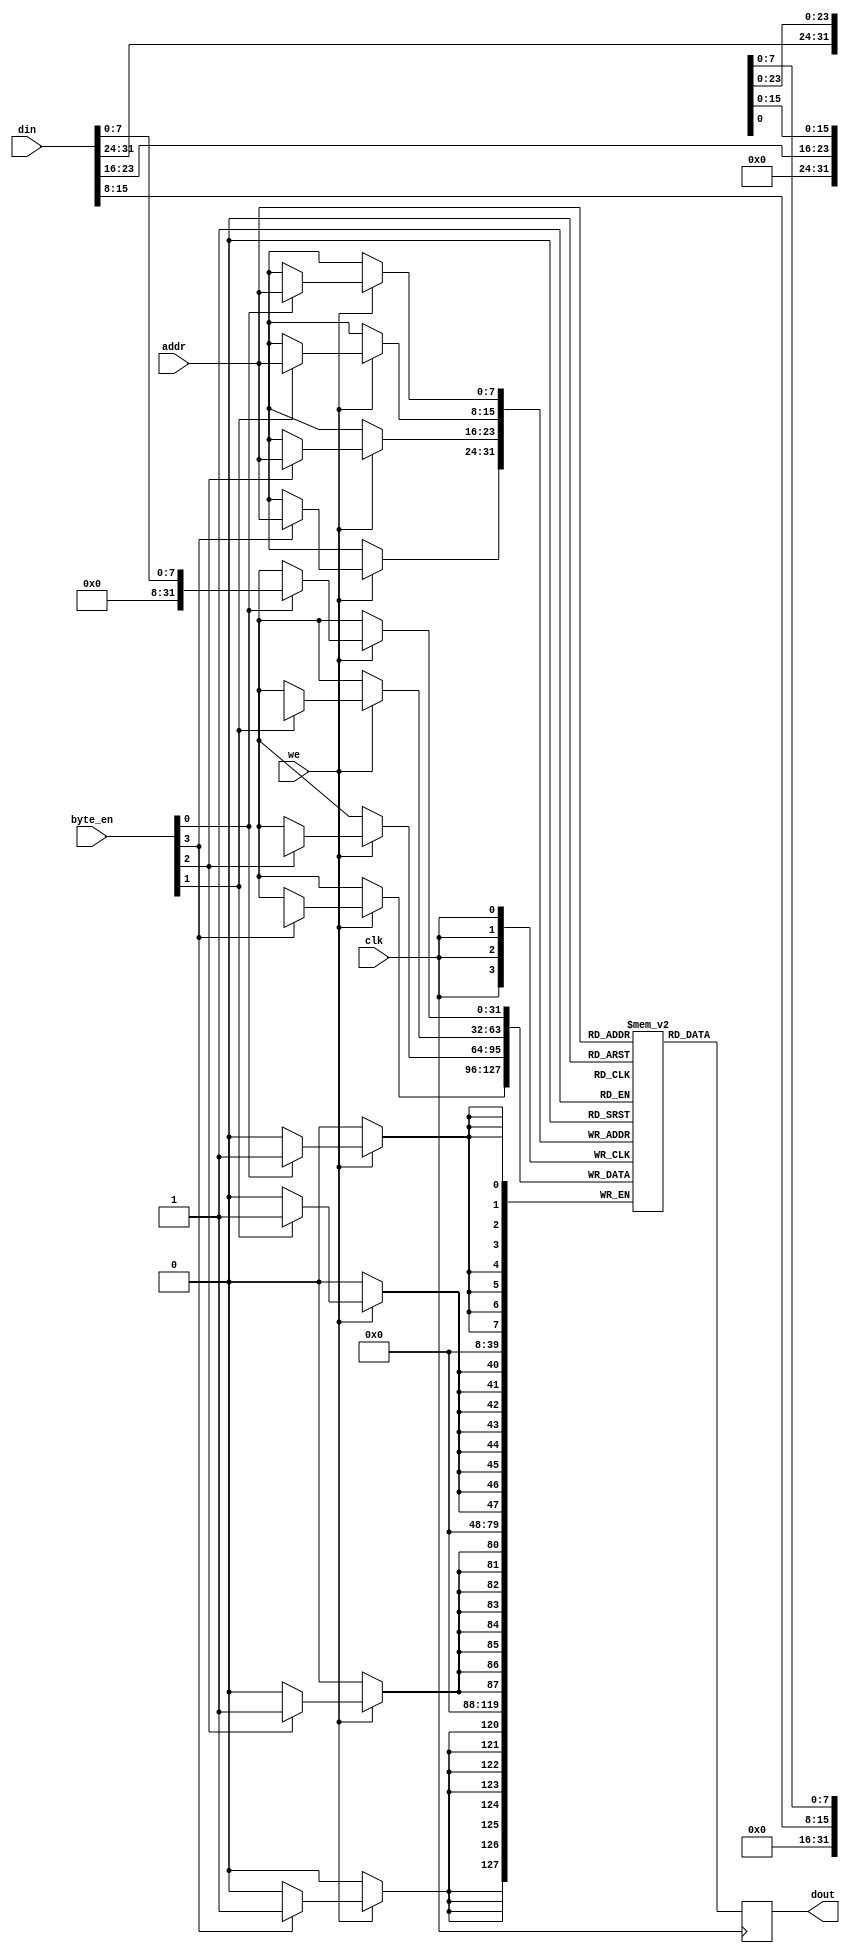
module io_blocks_cache_sram #(
    parameter WORD_SIZE = 32,         // Size of each word in bits
    parameter CACHE_DEPTH = 256        // Number of words in the cache
) (
    input wire clk,                    // Clock signal
    input wire we,                     // Write enable signal
    input wire [WORD_SIZE-1:0] din,   // Data input
    input wire [WORD_SIZE/8-1:0] byte_en, // Byte enable signals
    input wire [$clog2(CACHE_DEPTH)-1:0] addr, // Address input
    output reg [WORD_SIZE-1:0] dout    // Data output
);

    // Memory array
    reg [WORD_SIZE-1:0] mem [0:CACHE_DEPTH-1];

    // Read and Write process
    always @(posedge clk) begin
        if (we) begin
            // Write operation
            if (byte_en[0]) mem[addr][7:0]   <= din[7:0];
            if (byte_en[1]) mem[addr][15:8]  <= din[15:8];
            if (byte_en[2]) mem[addr][23:16] <= din[23:16];
            if (byte_en[3]) mem[addr][31:24] <= din[31:24];
        end
        // Read operation
        dout <= mem[addr];
    end

    // Optionally, implement a sleep mode or low-power state
    // This can be controlled with an additional input signal and logic

endmodule